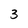
Character: 3